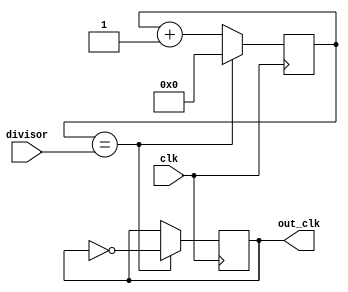
module floating_point_clock_divider (
    input wire clk,
    input wire [31:0] divisor,
    output reg out_clk
);

reg [31:0] counter;
reg [31:0] division_factor;

always @(posedge clk) begin
    counter <= counter + 1;
    if (counter == divisor) begin
        out_clk <= ~out_clk;
        counter <= 0;
    end
end

endmodule